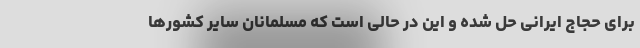
برای حجاج ایرانی حل شده‌ و این در حالی است که مسلمانان سایر کشورها